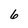
Character: 6